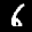
Label: 6